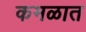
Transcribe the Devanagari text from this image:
कमळात